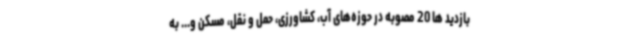
بازدید ها 20 مصوبه در حوزه‌های آب، کشاورزی، حمل و نقل، مسکن و... به